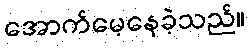
အောက်မေ့နေခဲ့သည်။